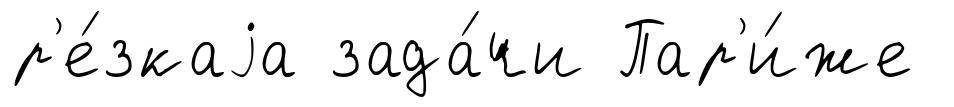
р'е́зкаjа зада́чи Пар'и́же